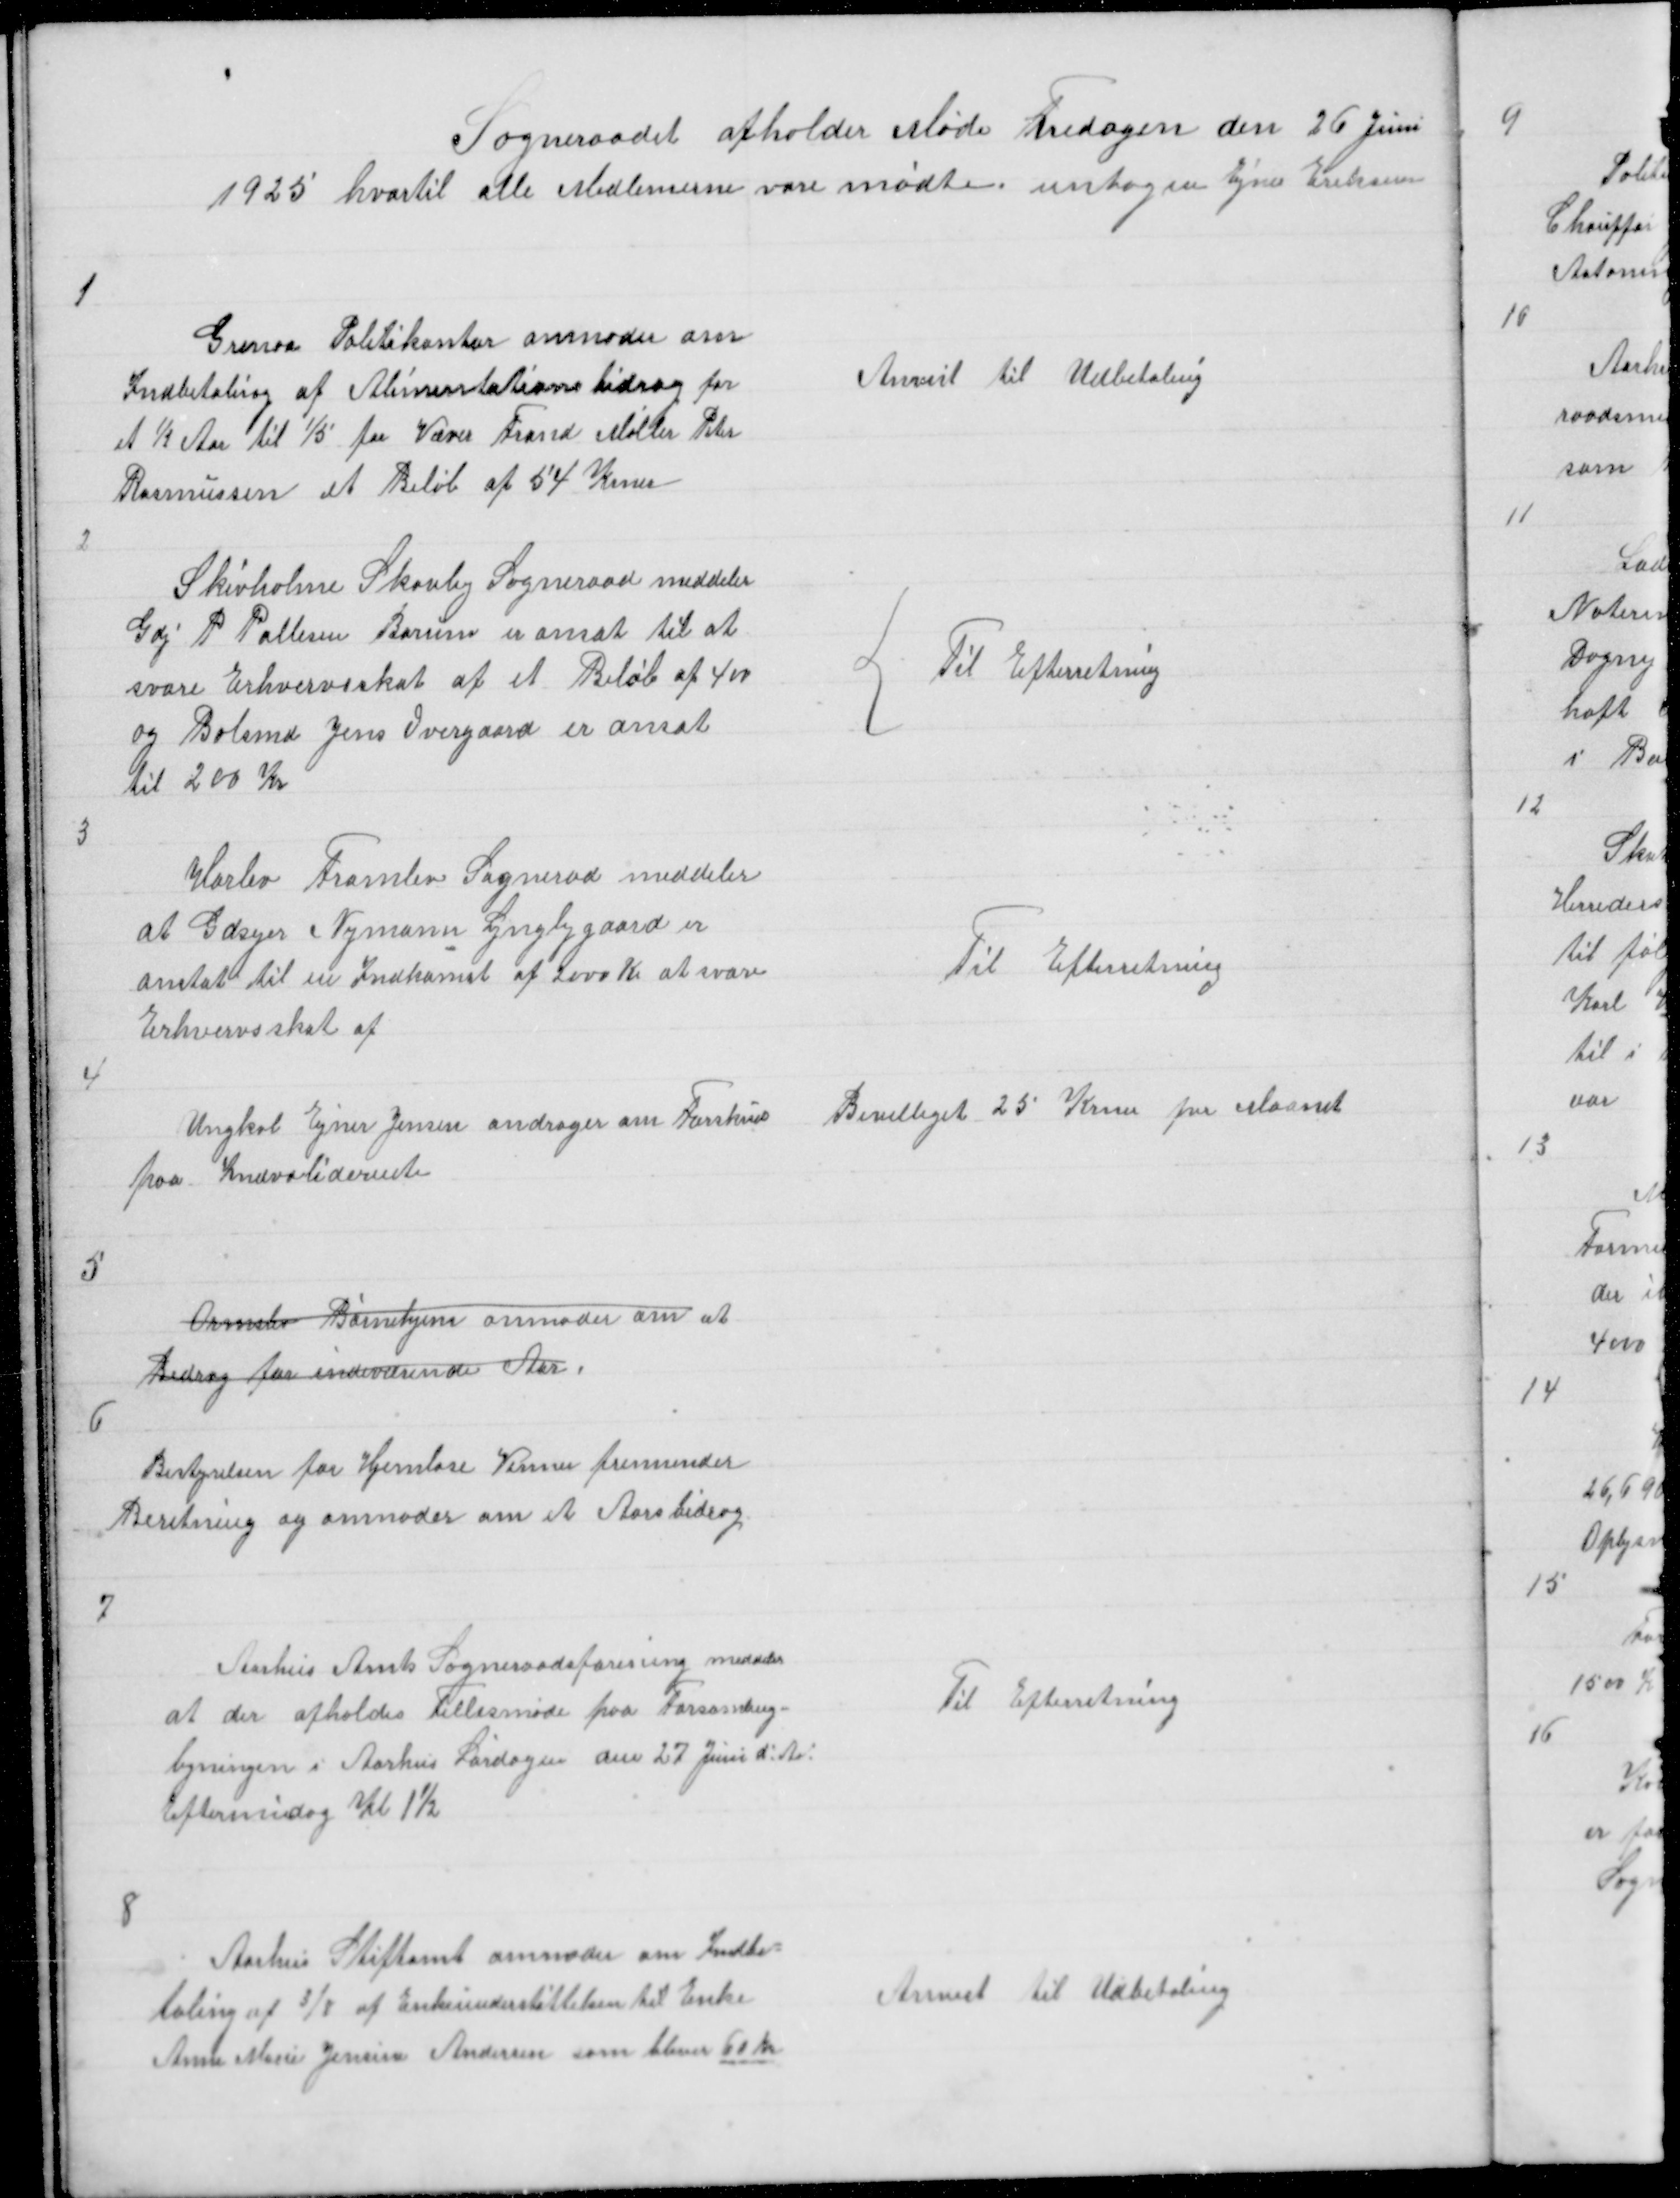
Transskription:
Sogneraadet afholder Møde Fredagen den 26 Juni
1925 hvortil alle Medlemerne vare mødte untagen Ejner Eriksen

1

Grenaa Politikontor anmoder om
Indbetaling af Alimentationsbidrag for
et ½ Aar til 1/5 for Væver Frand Møller Peter
Rasmussen et Beløb af 54 Krner

Anvist til Udbetaling

2

Skivholme Skovby Sogneraad meddeler
Gdj P Pallesen Borum er ansat til at
svare Erhvervsskat af et Beløb af 400
og Bolsmd Jens Overgaard er ansat
til 200 Kr

{
Til Efterretning

3

Harlev Framlev Sogneraad meddeler
at Gdsejer Nymann Lyngbygaard er
anstat til en Indkomst af 2000 Kr at svare
Erhvervsskat af

Til Efterretning

4

Ungkarl Ejner Jensen andrager om Forskud
paa Indvaliderente

Bevilliget 25 Krner per Maanet

5

Ormslev Børnehjem anmoder om at
Bidrag for indeværende Aar

6

Bestyrelsen for Hjemløse Venner fremsender
Beretning og anmoder om et Aarsbidrag

7

Aarhus Amts Sogneraadsforening meddeler
at der afholdes Fellesmøde paa Forsamling =
byningen i Aarhus Lørdagen den 27 Juni d: Aa:
Eftermiddag Kl 1½

Til Efterretning

8

Aarhus Stiftamt anmoder om Indbe =
taling af 3/8 af Enkeunderstøttelsen til Enke
Anne Marie Jensine Andersen som bliver 60 Kr

Anvist til Udbetaling